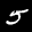
Label: 5